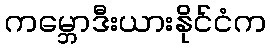
ကမ္ဘောဒီးယားနိုင်ငံက